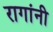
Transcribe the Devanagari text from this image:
रागांनी